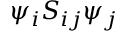
{ \psi } _ { i } S _ { i j } { \psi } _ { j }